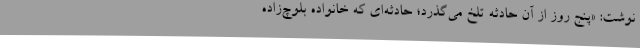
نوشت: «پنج ‌روز از آن حادثه تلخ می‌گذرد؛ حادثه‌ای که خانواده بلوچ‌زاده